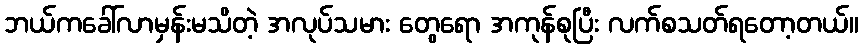
ဘယ်ကခေါ်လာမှန်းမသိတဲ့ အလုပ်သမား တွေရော အကုန်စုပြီး လက်စသတ်ရတော့တယ်။